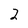
Character: 2